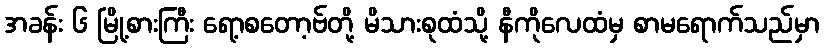
အခန်း ၆ မြို့စားကြီး ရော့စတော့ဗ်တို့ မိသားစုထံသို့ နီကိုလေထံမှ စာမရောက်သည်မှာ